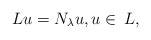
\begin{align*}Lu = N_{\lambda}u,u\in \,L,\end{align*}